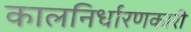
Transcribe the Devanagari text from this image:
कालनिर्धारणकारी